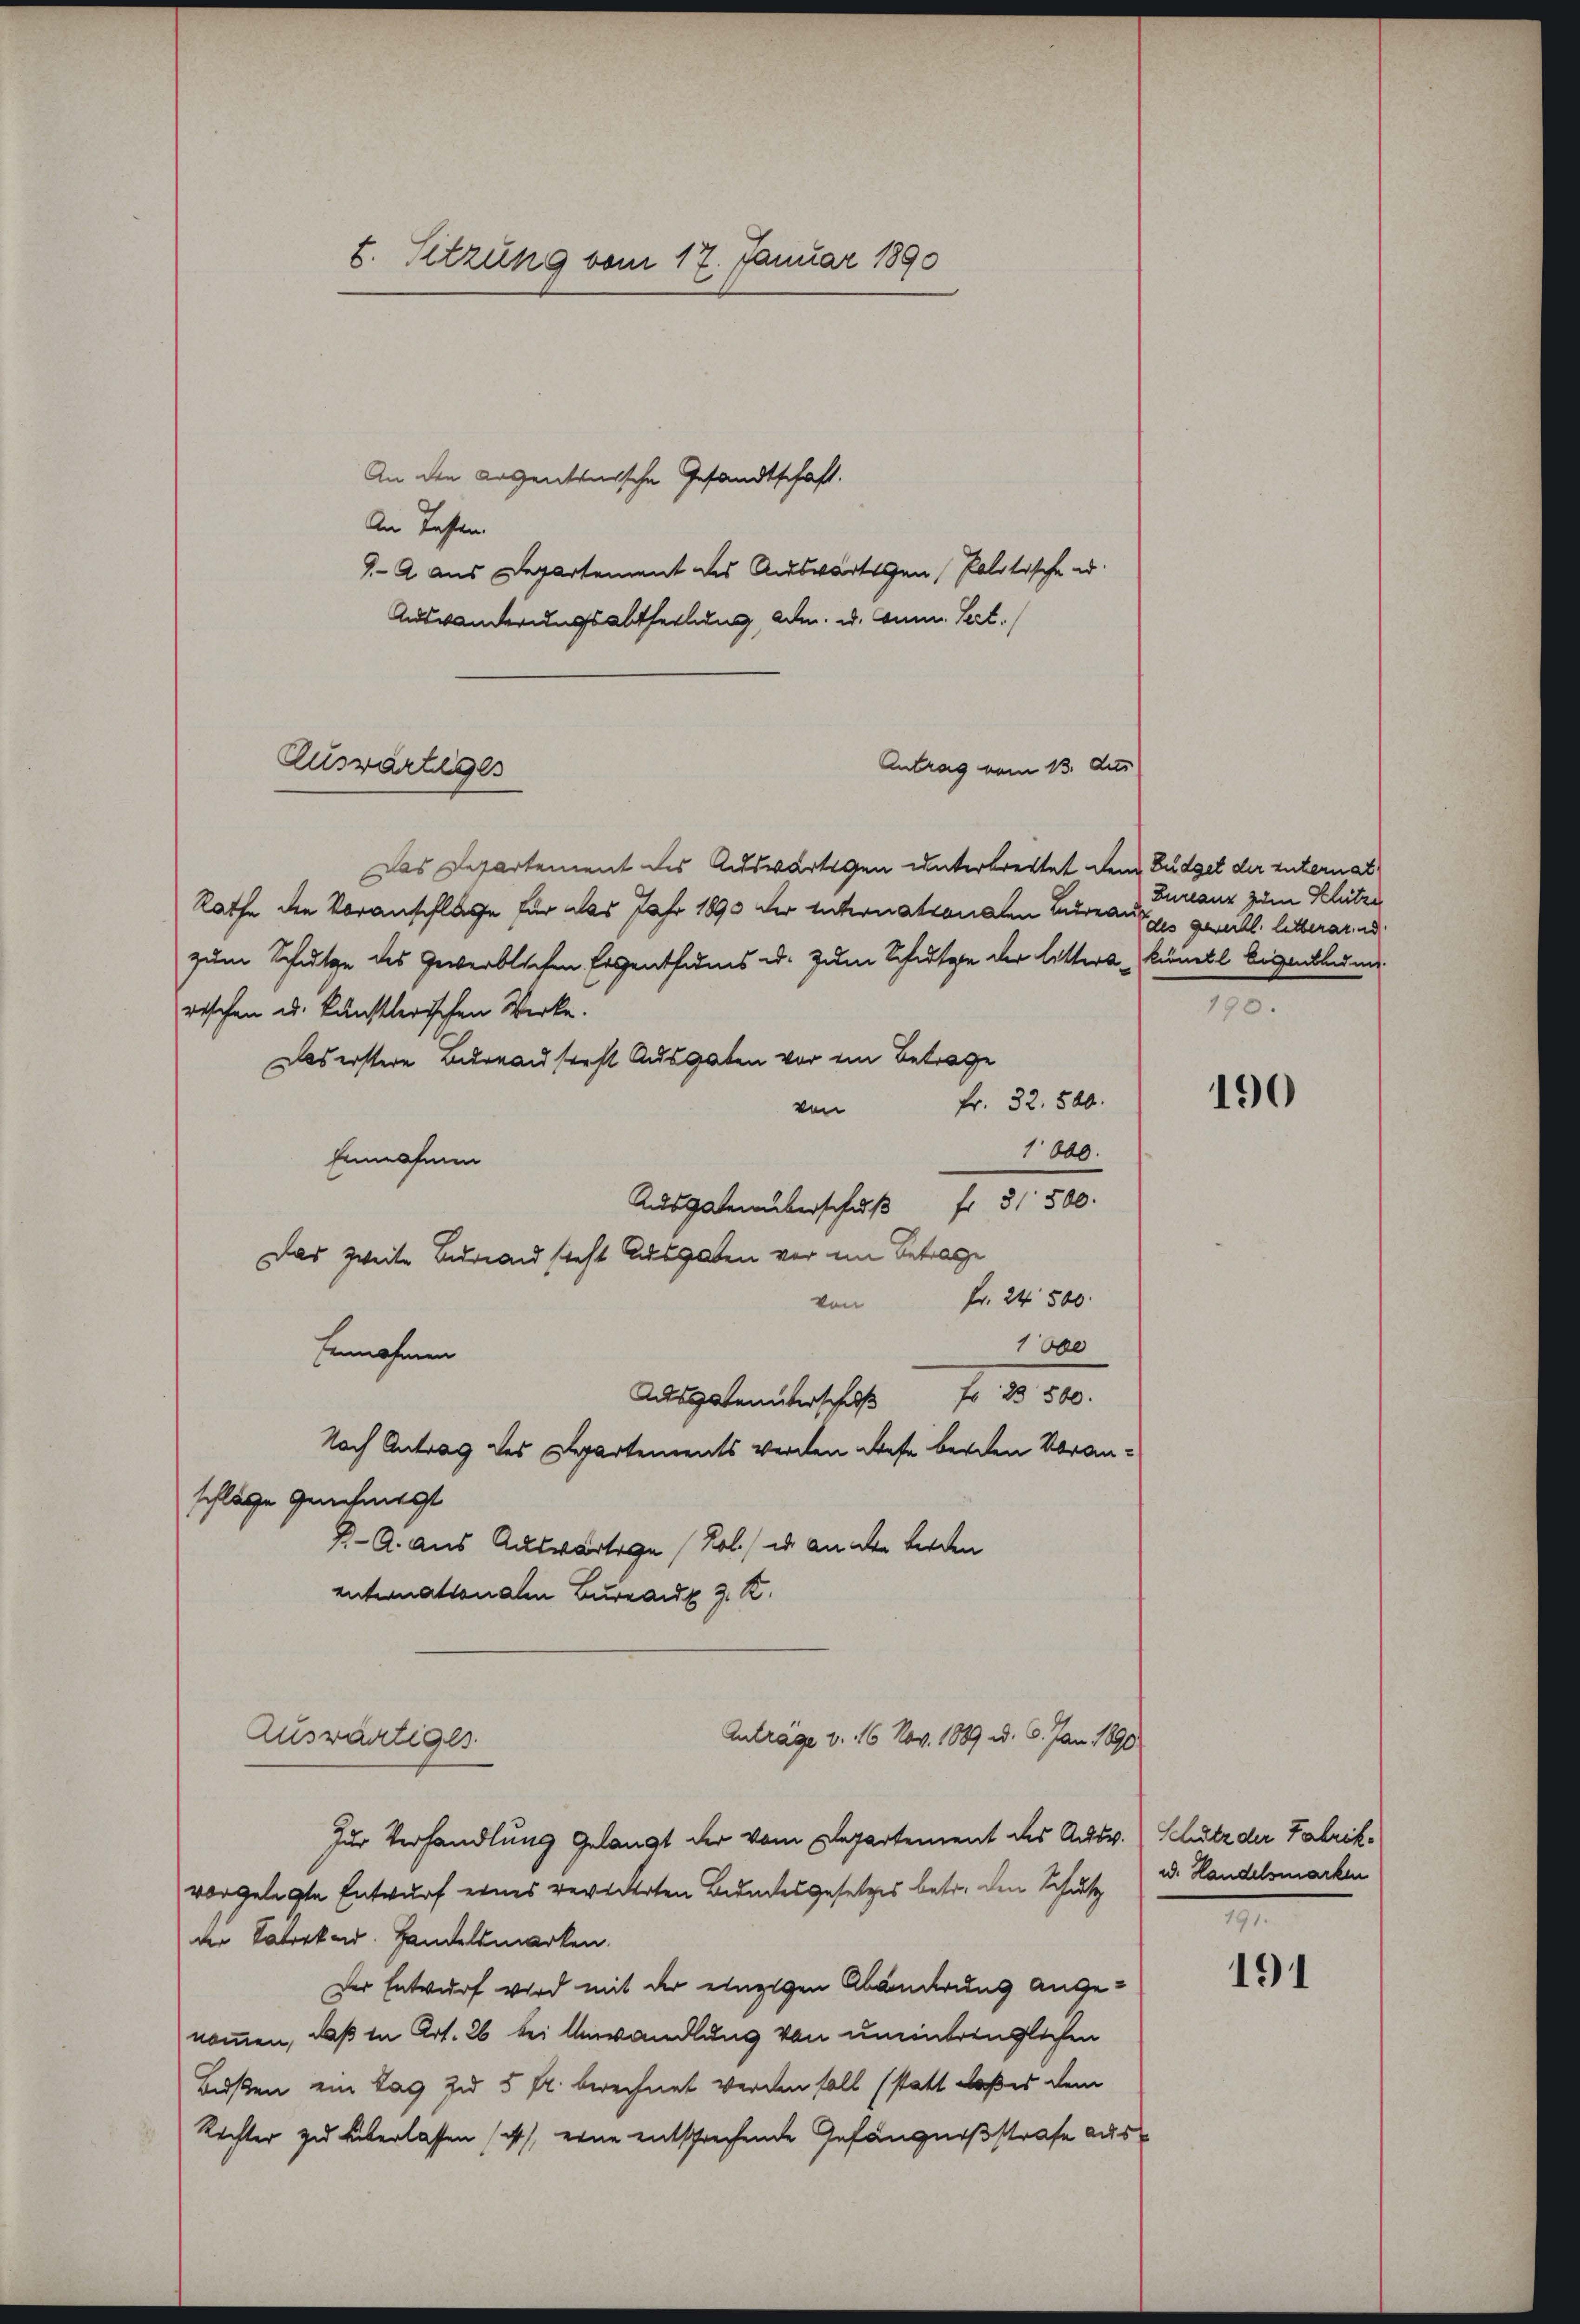
8. Sitzung vom 17. Januar 1890

An den Argentanische Gesandtschaft.
An Tassen
9-A aus Departement des Auswärtigen Politische u.
Auswanderungsabtheilung, Adm. u. Anm. Vert.
Das Departement des Auswärtigen unterbrechtet dem Budget der unternat
Rathe den Voranschlage für das Jahr 1890 der sichernationalen Herauf die gesell litterar d
zum Schulge des Gewerblichen Eigenthums u. zum Schutze der litters künell Eigenblume
rischen u. künstlerischen Werke.
Das erstere Bureausteht Ausgaben vor ein Betrage
fr. 32. 890.
von
1800.
Einnahmen
Ausgaben überschuß fr 3500.
Das zweite Bureau steht Ausgaben vor im Betrage
von Fr. 24500.
1000
Einnahmen
Ausgetrunterschuß Fr. 2 500.
Nach Antrag des Departements werden diese beiden Voranschläge genehmest
K. A. aus Auswärtige (Kol.) in an den werden
entiernationalen Bureau 3. K.
Anträge v. 16 Nov. 1889 d. 6. Jan. 1890
Auswärtiges
Zur Verhandlung gelangt der vom Departement des Ausw.
vorgelegte Entwurf eines revidierten Bundesgesetzes betr. den Schutz
der Patrikad. Handelsmarken.
Der Entwurf wird mit der einzigen Abänderung angenommen, daß in Art. 26 bei Anwandlung von uneinbringlichen
Bußen ein Tag zu 5 r. berechnet werden soll (statt daß es dem
Rechter zu überlassen ist, eine entsprechende Gefängnißstrafe aus¬

Zuswärtiges

Antrag vom 13. Aus

Zuranz zum Klütze
190.

190

Schutz der Fabrik.
ud. Handelsmarken

191